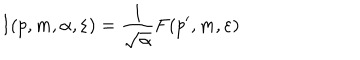
I ( p , m , \alpha , \varepsilon ) = \frac { 1 } { \sqrt { \alpha } } F ( p ^ { \prime } , m , \varepsilon )